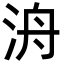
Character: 洀